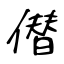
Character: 僣